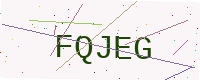
Text: FQJEG